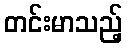
တင်းမာသည့်